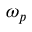
\omega _ { p }